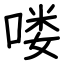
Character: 喽